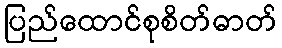
ပြည်ထောင်စုစိတ်ဓာတ်